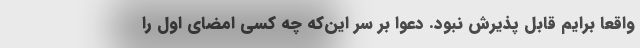
واقعا برایم قابل پذیرش نبود. دعوا بر سر این‌که چه کسی امضای اول را